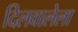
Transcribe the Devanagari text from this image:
दिलवालेला